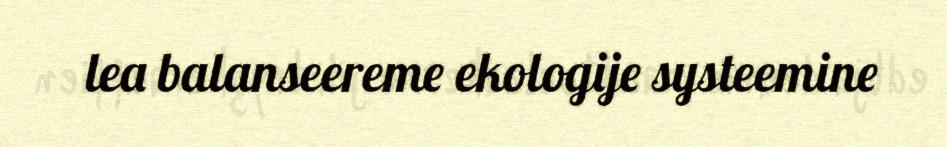
lea balanseereme ekologije systeemine